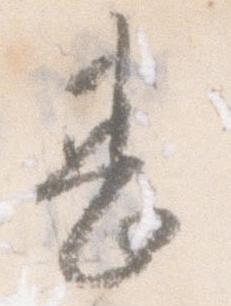
甚